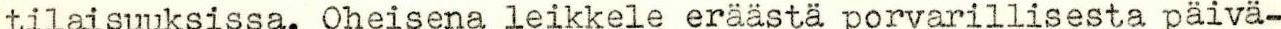
tilaisuuksissa. Oheisena leikkele eraasta porvarillisesta paiva-